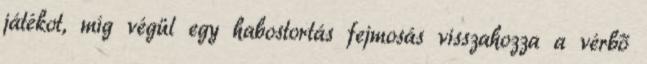
játékot, míg végül egy habostortás fejmosás visszahozza a vérbő